Madras plague regulations and rules for district municipalities and other towns and villages
Disease focus: Plague
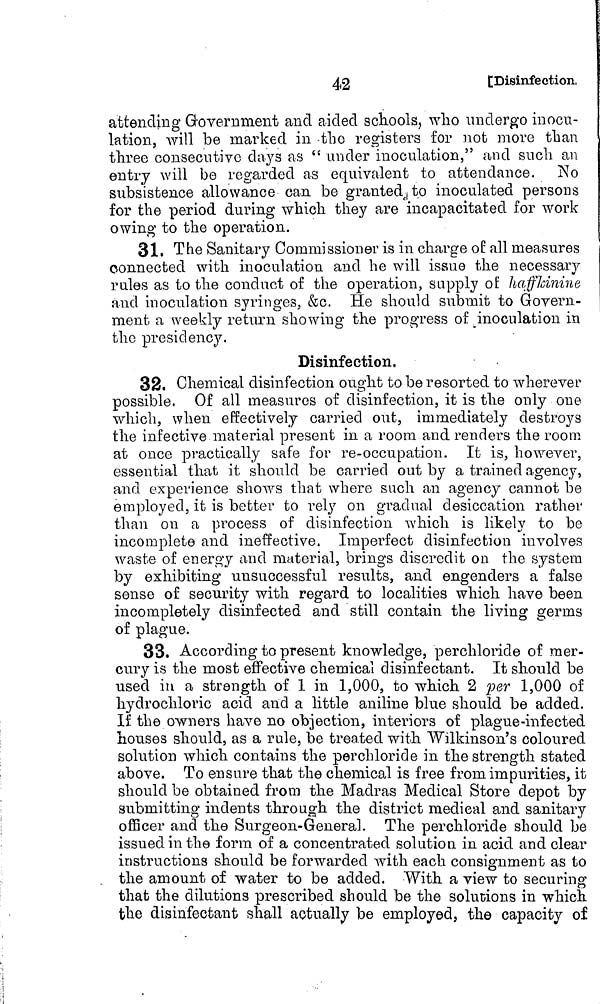
42
[Disinfection,
attending Government and aided schools, who undergo inocu-
lation, will be marked in -the registers for not more than
three consecutive days as " under inoculation," and such an
entry will be regarded as equivalent to attendance. No
subsistence allowance can be granted to inoculated persons
for the period during which they are incapacitated for work
owing to the operation.
31. The Sanitary Commissioner is in charge of all measures
connected with inoculation and he will issue the necessary
rules as to the conduct of the operation, supply of haffldnine
and inoculation syringes, &c. He should submit to Govern-
ment a weekly return showing the progress of inoculation in
the presidency.
Disinfection.
32. Chemical disinfection ought to be resorted to wherever
possible. Of all measures of disinfection, it is the only one
which, when effectively carried out, immediately destroys
the infective material present in a room and renders the room
at once practically safe for re-occupation. It is however,
essential that it should be carried out by a trained agency,
and experience shows that where such an agency cannot be
employed, it is better to rely on gradual desiccation rather
than on a process of disinfection which is likely to be
incomplete and ineffective. Imperfect disinfection involves
waste of energy and material, brings discredit on the system
by exhibiting unsuccessful results, and engenders a false
sense of security with regard to localities which have been
incompletely disinfected and still contain the living germs
of plague.
33. According to present knowledge, perchloride of mer-
cury is the most effective chemical disinfectant. It should be
used in a strength of 1 in 1,000, to which 2 per 1,000 of
hydrochloric acid and a little aniline blue should be added.
If the owners have no objection, interiors of plague-infected
houses should, as a rule, be treated with Wilkinson's coloured
solution which contains the perchloride in the strength stated
above. To ensure that the chemical is free from impurities, it
should be obtained from the Madras Medical Store depot by
submitting indents through the district medical and sanitary
officer and the Surgeon-General. The perchloride should be
issued in the form of a concentrated solution in acid and clear
instructions should be forwarded with each consignment as to
the amount of water to be added. With a view to securing
that the dilutions prescribed should be the solutions in which
the disinfectant shall actually be employed, the capacity of